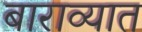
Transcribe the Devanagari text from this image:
बाराव्यात